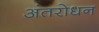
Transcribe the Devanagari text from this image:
अंतरोधन